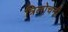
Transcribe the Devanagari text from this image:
त्रिलोचनी